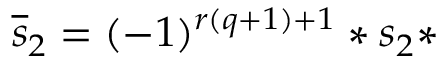
\overline { { { s } } } _ { 2 } = ( - 1 ) ^ { r ( q + 1 ) + 1 } * s _ { 2 } *